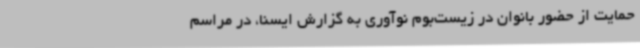
حمایت از حضور بانوان در زیست‌بوم نوآوری به گزارش ایسنا،‌ در مراسم